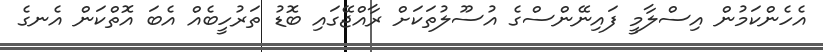
އެހެންކަމުން އިސްލާމީ ފައިނޭންސްގެ އުސޫލުތަކަށް ރާއްޖޭގައި ބޮޑު ތަރުހީބެއް އެބަ އޮތްކަން އެނގެ